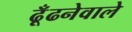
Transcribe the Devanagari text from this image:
ढूँढनेवाले